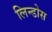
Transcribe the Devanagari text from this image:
लिन्डोस